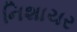
નિશાચર